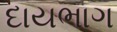
દાયભાગ